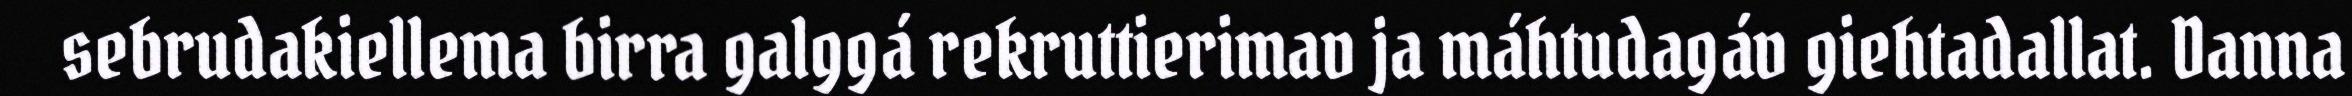
sebrudakiellema birra galggá rekruttierimav ja máhtudagáv giehtadallat. Danna